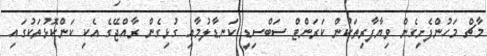
މާޗް މަހުންފެށިގެން ވިޔާފާރިތަކުން ކަރަންޓް ސަބްސިޑީ ކަނޑާލުމާއި ގުޅިގެން ރާއްޖޭގެ އެކި ކަންކޮޅުތަކުގައި